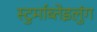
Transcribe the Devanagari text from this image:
स्टुर्माब्तेइलुंग